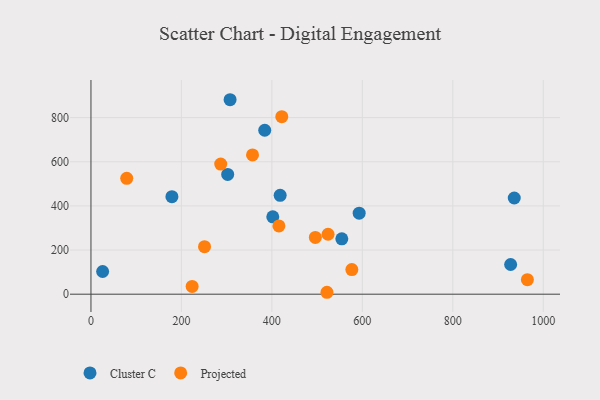
{"axis": {"x": "Price", "y": "Profit"}, "legend": ["Cluster C", "Projected"], "data": [{"x": "302.3", "y": 542.4, "type": "Cluster C"}, {"x": "307.6", "y": 881.0, "type": "Cluster C"}, {"x": "402.0", "y": 350.5, "type": "Cluster C"}, {"x": "927.9", "y": 134.6, "type": "Cluster C"}, {"x": "554.6", "y": 250.7, "type": "Cluster C"}, {"x": "179.0", "y": 441.6, "type": "Cluster C"}, {"x": "384.2", "y": 742.8, "type": "Cluster C"}, {"x": "418.3", "y": 447.9, "type": "Cluster C"}, {"x": "593.0", "y": 367.0, "type": "Cluster C"}, {"x": "935.9", "y": 435.7, "type": "Cluster C"}, {"x": "25.8", "y": 102.9, "type": "Cluster C"}, {"x": "251.1", "y": 215.4, "type": "Projected"}, {"x": "964.9", "y": 65.7, "type": "Projected"}, {"x": "223.7", "y": 35.2, "type": "Projected"}, {"x": "524.2", "y": 271.5, "type": "Projected"}, {"x": "357.2", "y": 631.0, "type": "Projected"}, {"x": "521.8", "y": 8.7, "type": "Projected"}, {"x": "415.5", "y": 309.2, "type": "Projected"}, {"x": "576.8", "y": 111.5, "type": "Projected"}, {"x": "79.1", "y": 524.9, "type": "Projected"}, {"x": "421.9", "y": 804.3, "type": "Projected"}, {"x": "496.1", "y": 257.4, "type": "Projected"}, {"x": "286.9", "y": 589.7, "type": "Projected"}]}